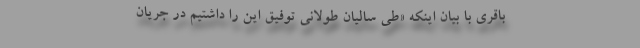
باقری با بیان اینکه «طی سالیان طولانی توفیق این را داشتیم در جریان